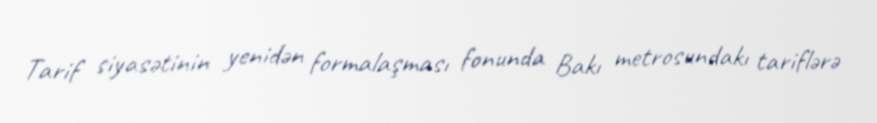
Tarif siyasətinin yenidən formalaşması fonunda Bakı metrosundakı tariflərə